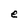
Character: e